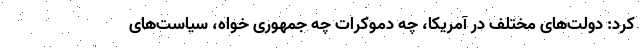
کرد: دولت‌های مختلف در آمریکا، چه دموکرات چه جمهوری خواه، سیاست‌های